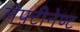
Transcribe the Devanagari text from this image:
लेफ़्टीनेण्ट